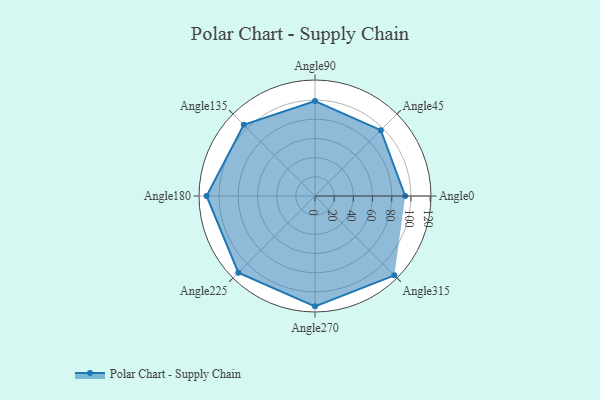
{"axis": {"x": "Angle", "y": "Radius"}, "legend": [""], "data": [{"x": "Angle0", "y": 94.0, "type": ""}, {"x": "Angle45", "y": 97.0, "type": ""}, {"x": "Angle90", "y": 99.0, "type": ""}, {"x": "Angle135", "y": 105.0, "type": ""}, {"x": "Angle180", "y": 113.0, "type": ""}, {"x": "Angle225", "y": 113.0, "type": ""}, {"x": "Angle270", "y": 115.0, "type": ""}, {"x": "Angle315", "y": 117.0, "type": ""}]}